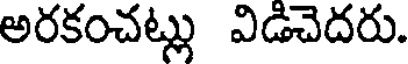
అరకంచట్లు విడిచెదరు.